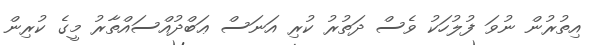
އިތުރުން ނުވަ ފުލުހަކު ވެސް ދަތުރު ކުރި އަނަސް ޢަބްދުއްސައްތާރު މީގެ ކުރިން